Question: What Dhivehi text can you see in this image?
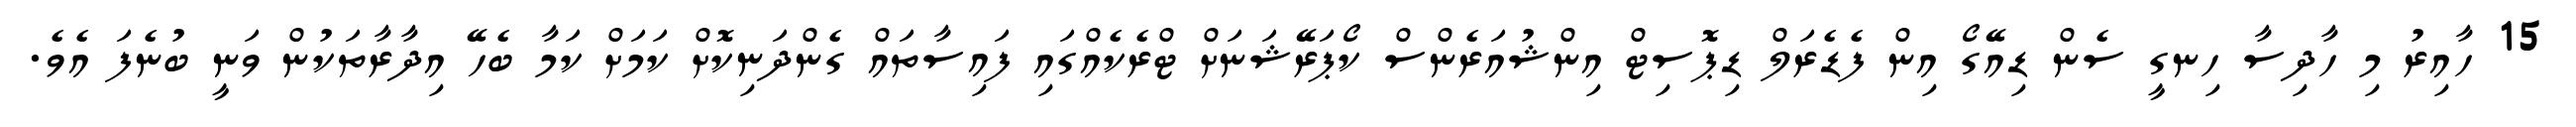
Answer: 15 ހާއިރު މި ހާދިސާ ހިނގީ ސެން ޑިއޭގޯ އިން ފެޑެރަލް ޑިޕޮސިޓް އިންޝުއަރެންސް ކޯޕަރޭޝަނަށް ޓްރެކެއްގައި ފައިސާތައް ގެންދަނިކޮށް ކަމަށް ކަމާ ބެހޭ އިދާރާތަކުން ވަނީ ބުނެފަ އެވެ.